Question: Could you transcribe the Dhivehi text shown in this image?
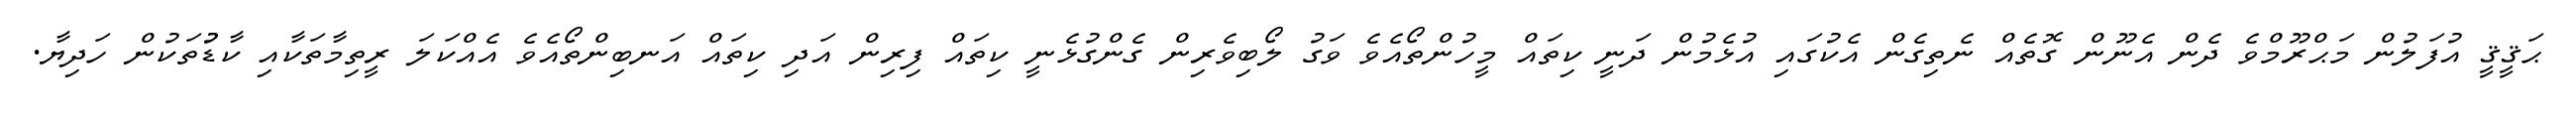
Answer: ޙަޤީޤީ އުފަލުން މަޙްރޫމްވެ ދެން އެނޫން ގޮތެއް ނެތިގެން އެކުގައި އުޅެމުން ދަނީ ކިތައް މީހުންތޯއެވެ ވަގު ލޯބިވެރިން ގެންގުޅެނީ ކިތައް ފިރިން އަދި ކިތައް އަނބިންތޯއެވެ އެއްކަލަ ރީތިމާތަކާއި ކާޑުުތަކުން ހަދިޔާ.